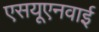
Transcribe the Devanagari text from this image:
एसयूएनवाई